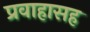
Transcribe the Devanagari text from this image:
प्रवाहासह